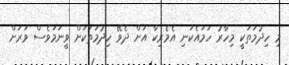
މި ހިދުމަތަކީ މިހާރު ހަމައެކަނި އެމެރިކާ އަށް ދެވޭ ހިދުމަތަކަށް ވީނަމަވެސް ވަރަށް